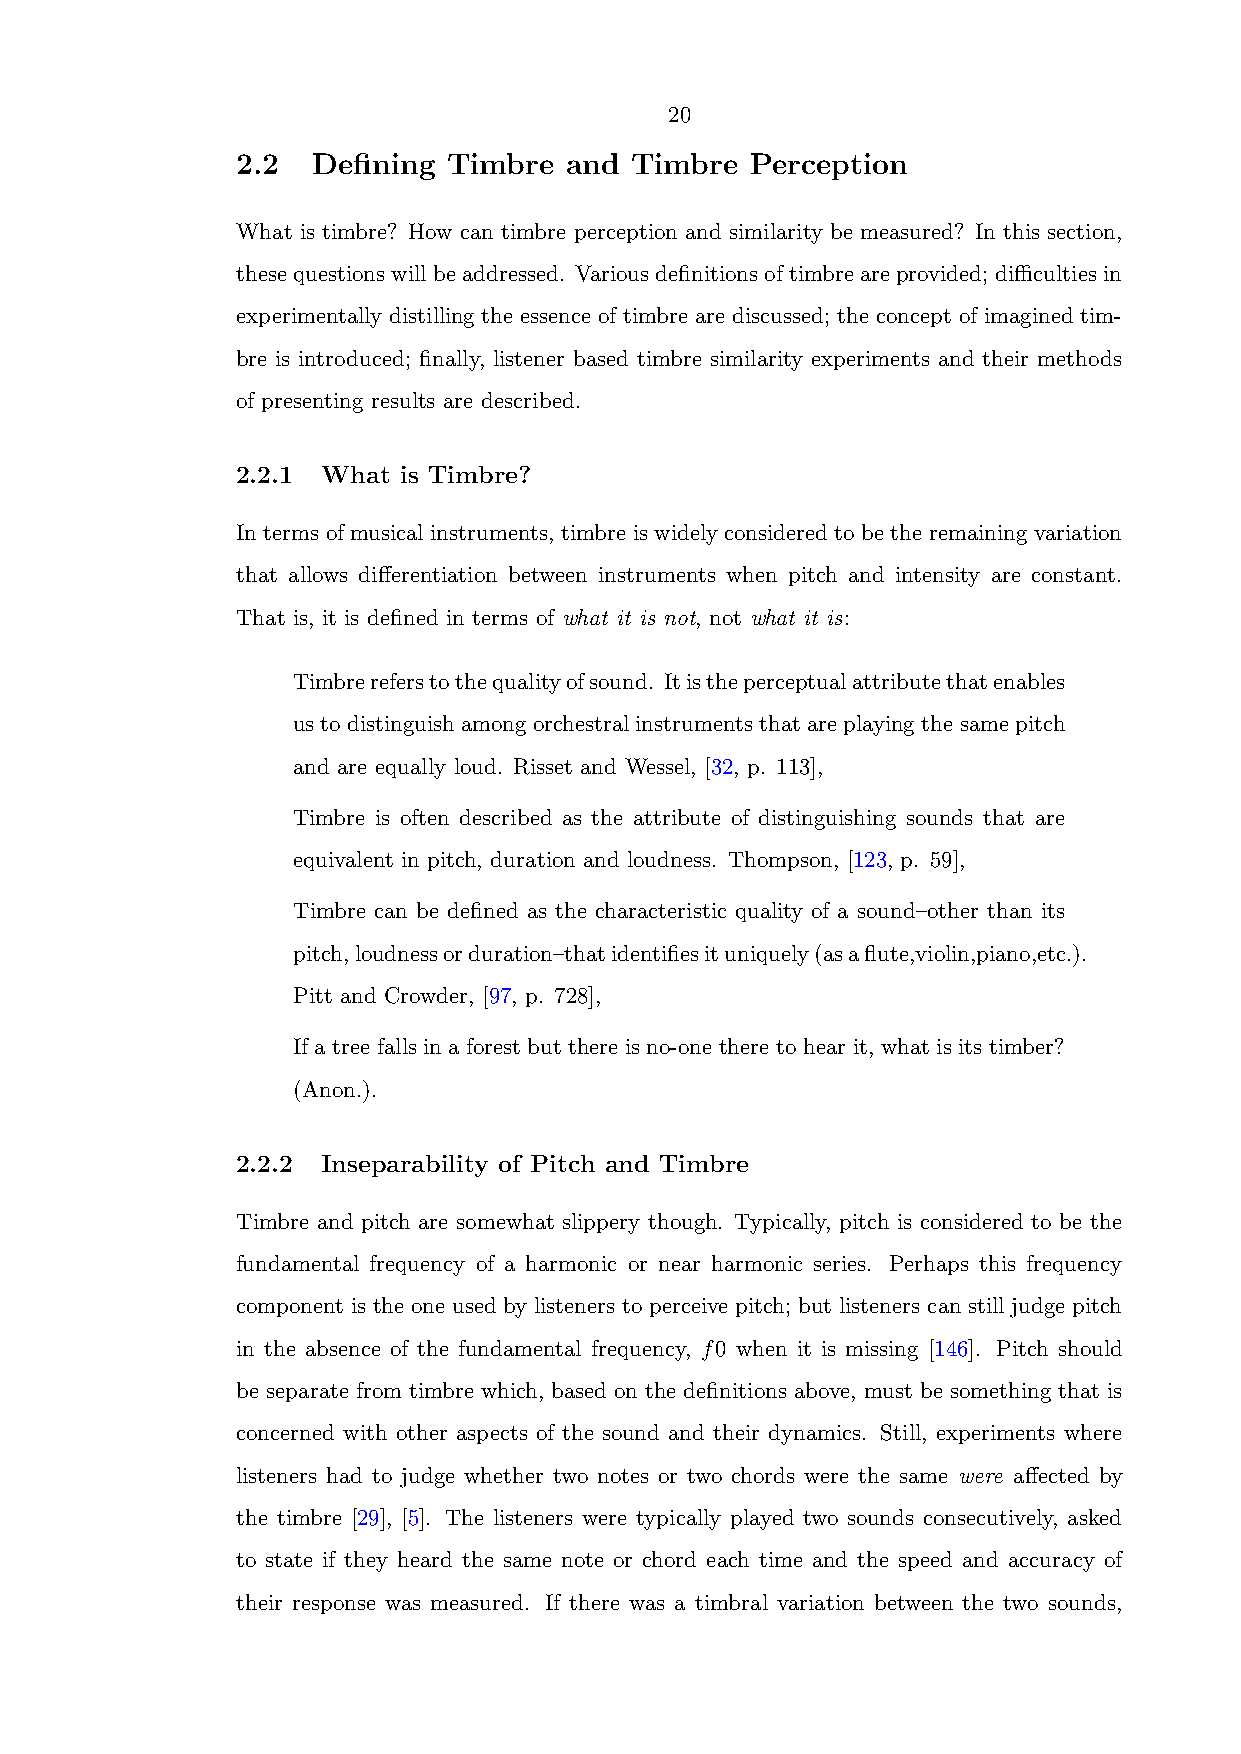
20
 2.2  Defining Timbre and  Timbre  Perception
 What is timbre? How can timbre perception and similarity be measured? In this section,
 these questions will be addressed. Various definitions of timbre are provided; difficulties in
 experimentally distilling the essence of timbre are discussed; the concept of imagined tim-
 bre is introduced; finally, listener based timbre similarity experiments and their methods
 of presenting results are described.
 2.2.1 What is Timbre?
 In terms of musical instruments, timbre is widely considered to be the remaining variation
 that allows differentiation between instruments when pitch and intensity are constant.
 That is, it is defined in terms of what it is not, not what it is:
 Timbrereferstothequalityofsound. Itistheperceptualattributethatenables
 ustodistinguishamongorchestralinstrumentsthatareplayingthesamepitch
 and are equally loud. Risset and Wessel, [32, p. 113],
 Timbre is often described as the attribute of distinguishing sounds that are
 equivalent in pitch, duration and loudness. Thompson, [123, p. 59],
 Timbre can be defined as the characteristic quality of a sound–other than its
 pitch,loudnessorduration–thatidentifiesituniquely(asaflute,violin,piano,etc.).
 Pitt and Crowder, [97, p. 728],
 If a tree falls in a forest but there is no-one there to hear it, what is its timber?
 (Anon.).
 2.2.2 Inseparability of Pitch and Timbre
 Timbre and pitch are somewhat slippery though. Typically, pitch is considered to be the
 fundamental frequency of a harmonic or near harmonic series. Perhaps this frequency
 component is the one used by listeners to perceive pitch; but listeners can still judge pitch
 in the absence of the fundamental frequency, f0 when it is missing [146]. Pitch should
 be separate from timbre which, based on the definitions above, must be something that is
 concerned with other aspects of the sound and their dynamics. Still, experiments where
 listeners had to judge whether two notes or two chords were the same were affected by
 the timbre [29], [5]. The listeners were typically played two sounds consecutively, asked
 to state if they heard the same note or chord each time and the speed and accuracy of
 their response was measured. If there was a timbral variation between the two sounds,